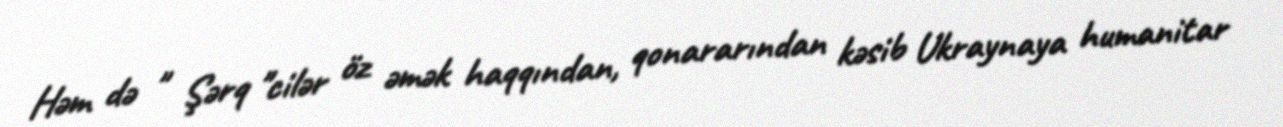
Həm də " Şərq "cilər öz əmək haqqından, qonararından kəsib Ukraynaya humanitar